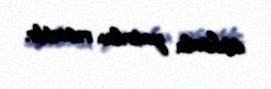
istehsala yatırılan vəsaitdir.